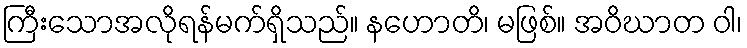
ကြီးသောအလိုရန်မက်ရှိသည်။ နဟောတိ၊ မဖြစ်။ အဝိဃာတ ဝါ၊